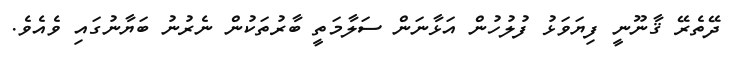
ދޭތެރޭ ޤާނޫނީ ފިޔަވަޅު ފުލުހުން އަޅާނަން ސަލާމަތީ ބާރުތަކުން ނެރުނު ބަޔާނުގައި ވެއެވެ.